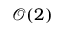
\mathcal { O } ( 2 )